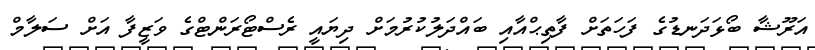
އަރޫޝާ ބޯޅަދަނޑުގެ ފަހަތަށް ފާތިޙްއާއި ބައްދަލުކުރުމަށް ދިޔައީ ރެސްޓޯރަންޓްގެ ވަޒީފާ އަށް ސަލާމް